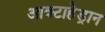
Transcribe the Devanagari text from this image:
आक्टाहेड्रान